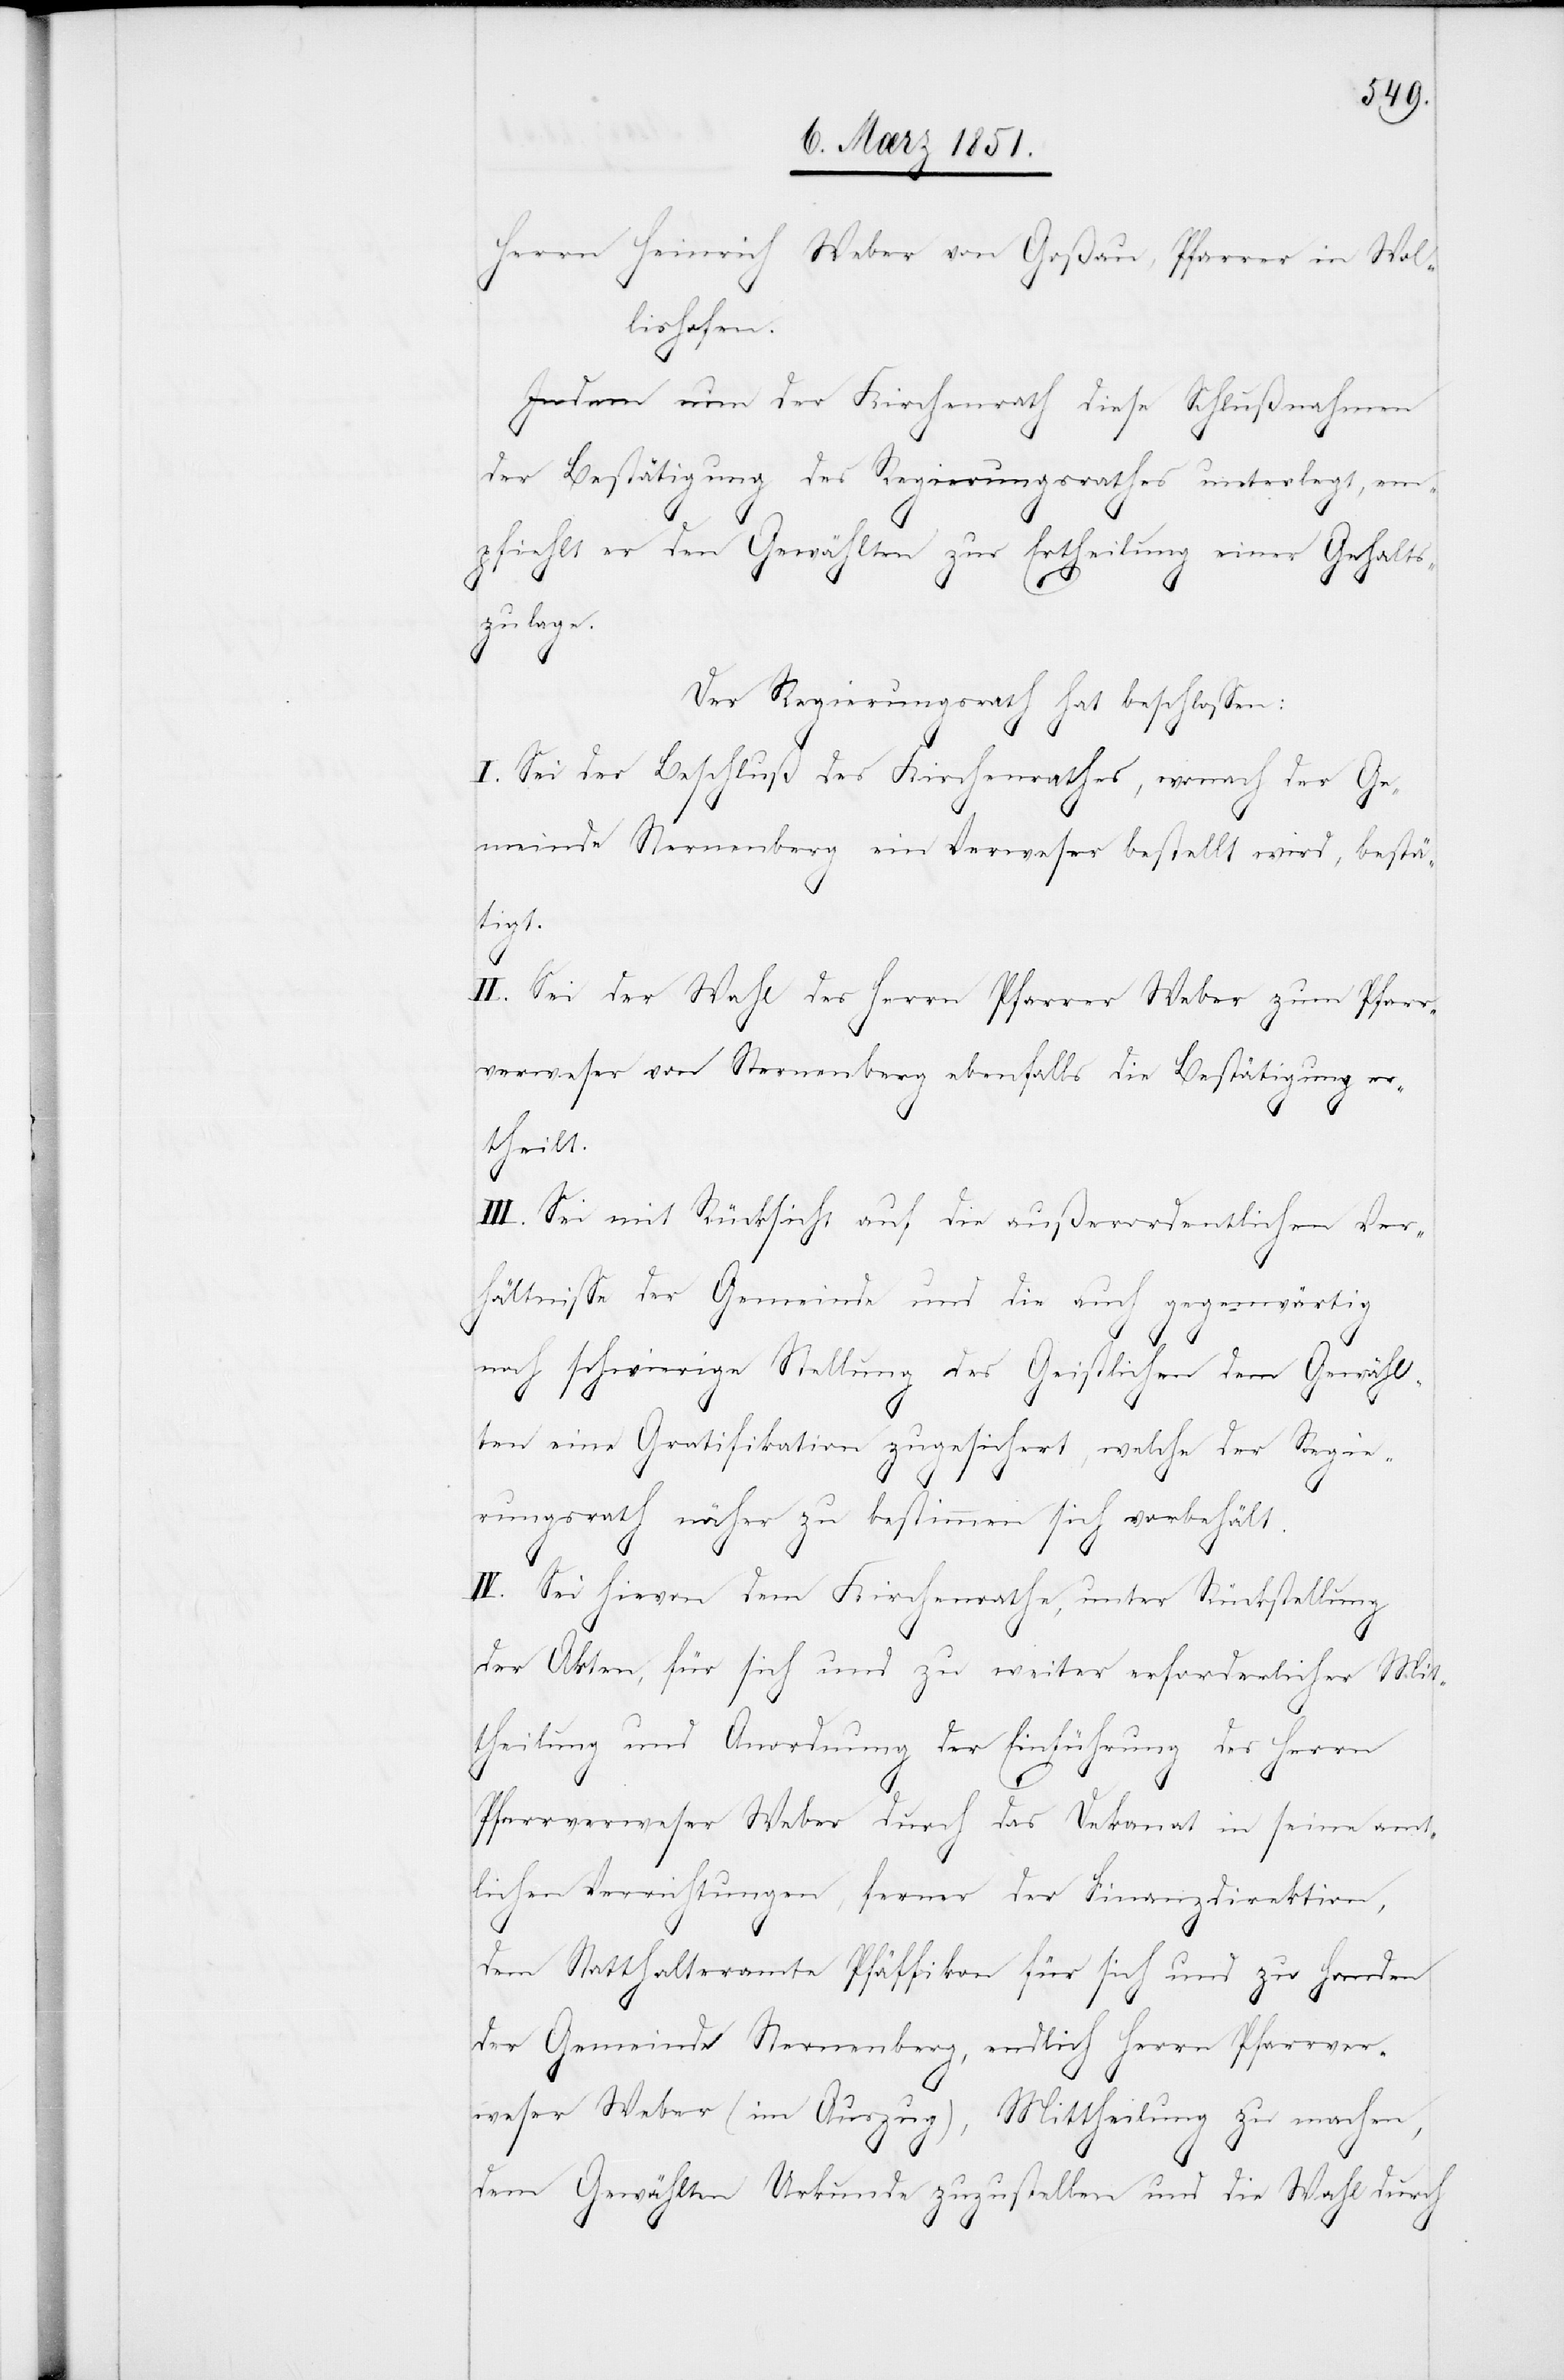
Herrn Heinrich Weber von Goßau, Pfarrer in Wol¬
lishofen.
Indem nun der Kirchenrath diese Schlußnahmen
der Bestätigung des Regierungsrathes unterlegt, em¬
pfiehlt er den Gewählten zur Ertheilung einer Gehalts¬
zulage.
Der Regierungsrath hat beschlossen:
I. Sei der Beschluß des Kirchenrathes, wonach der Ge¬
meinde Sternenberg ein Verweser bestellt wird, bestä¬
tigt.
II. Sei der Wahl des Herrn Pfarrer Weber zum Pfarr¬
verweser von Sternenberg ebenfalls die Bestätigung er¬
theilt.
III. Sei mit Rücksicht auf die außerordentlichen Ver¬
hältnisse der Gemeinde und die auch gegenwärtig
noch schwierige Stellung des Geistlichen dem Gewähl¬
ten eine Gratifikation zugesichert, welche der Regie¬
rungsrath näher zu bestimmen sich vorbehält.
IV. Sei hievon dem Kirchenrathe, unter Rückstellung
der Akten, für sich und zu weiter erforderlicher Mit¬
theilung und Anordnung der Einführung des Herrn
Pfarrverweser Weber durch das Dekanat in seine amt¬
lichen Verrichtungen, ferner der Finanzdirektion,
dem Statthalteramte Pfäffikon für sich und zu Handen
der Gemeinde Sternenberg, endlich Herrn Pfarrver¬
weser Weber (im Auszug), Mittheilung zu machen,
dem Gewählten Urkunde zuzustellen und die Wahl durch